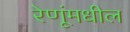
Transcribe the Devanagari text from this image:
रेणूंमधील